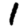
Digit: 1